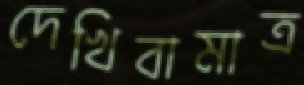
দেখিবামাত্র